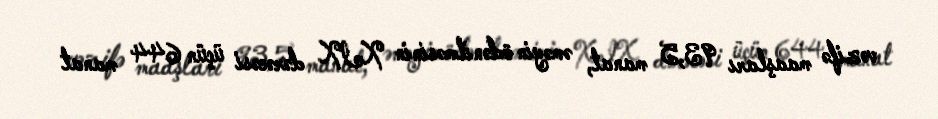
vəzifə maaşları 93,5 manat, əməyin ödənilməsinin XIX dərəcəsi üçün 644 manat